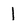
Character: 1